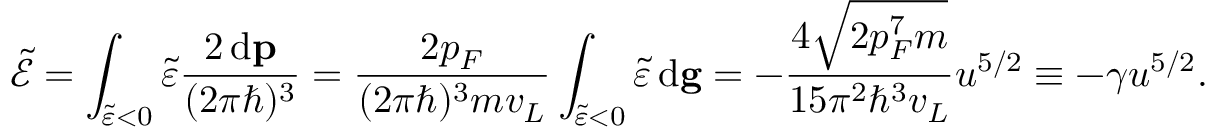
\ensuremath { \widetilde { \mathcal { E } } } = \int _ { \ensuremath { \widetilde { \varepsilon } } < 0 } \ensuremath { \widetilde { \varepsilon } } \frac { 2 \, \mathrm { d } \mathbf { p } } { ( 2 \pi \hbar ) ^ { 3 } } = \frac { 2 p _ { F } } { ( 2 \pi \hbar ) ^ { 3 } m v _ { L } } \int _ { \ensuremath { \widetilde { \varepsilon } } < 0 } \ensuremath { \widetilde { \varepsilon } } \, \mathrm { d } \mathbf { g } = - \frac { 4 \sqrt { 2 p _ { F } ^ { 7 } m } } { 1 5 \pi ^ { 2 } \hbar ^ { 3 } v _ { L } } u ^ { 5 / 2 } \equiv - \gamma u ^ { 5 / 2 } .